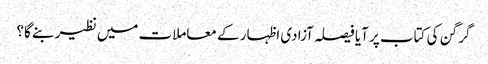
گرگن کی کتاب پر آیا فیصلہ آزادی اظہار کے معاملات میں نظیر بنے گا؟